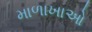
માળાખાઓ